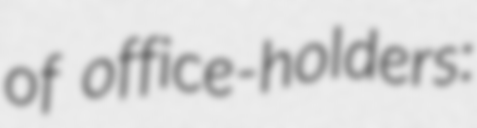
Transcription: of office-holders: